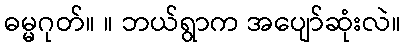
ဓမ္မဂုတ်။ ။ ဘယ်ရွာက အပျော်ဆုံးလဲ။